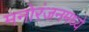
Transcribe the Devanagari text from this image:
मनोरंजनमध्ये